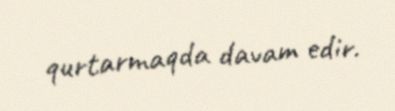
qurtarmaqda davam edir.